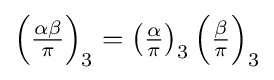
\left({\tfrac {\alpha \beta }{\pi }}\right)_{3}=\left({\tfrac {\alpha }{\pi }}\right)_{3}\left({\tfrac {\beta }{\pi }}\right)_{3}